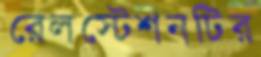
রেলস্টেশনটির